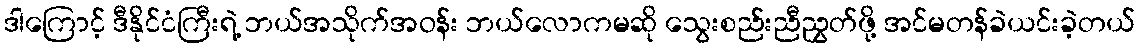
ဒါကြောင့် ဒီနိုင်ငံကြီးရဲ့ ဘယ်အသိုက်အဝန်း ဘယ်လောကမဆို သွေးစည်းညီညွှတ်ဖို့ အင်မတန်ခဲယင်းခဲ့တယ်